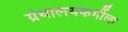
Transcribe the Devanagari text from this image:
ग्रंथालयकर्मीला